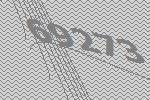
69273